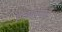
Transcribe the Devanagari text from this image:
हाइपरमार्ट